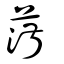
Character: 蔋